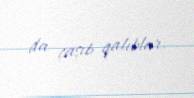
da çaşıb qalıblar.